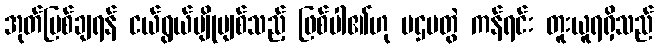
အုတ်မြစ်ချရန် ငယ်ရွယ်ပျိုမျစ်သည့် ဖြစ်ပါ၏ဟု ပဌမတွဲ ကန်ရင်း တူးယူရရှိသည်